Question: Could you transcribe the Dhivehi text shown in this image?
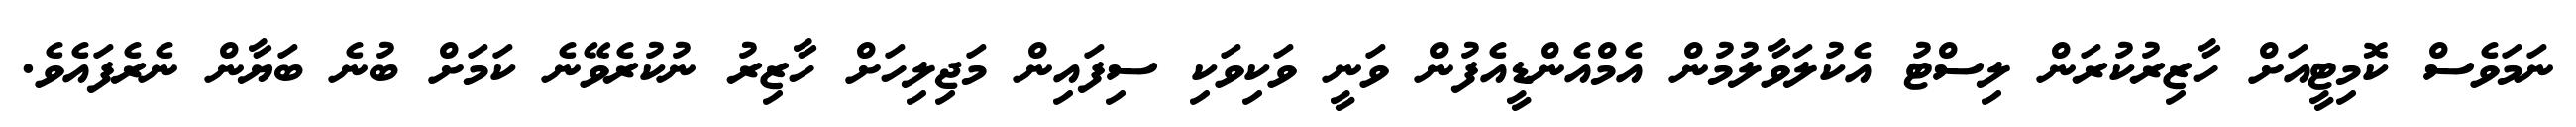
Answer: ނަމަވެސް ކޮމިޓީއަށް ހާޒިރުކުރަން ލިސްޓު އެކުލަވާލުމުން އެމްއެންޑީއެފުން ވަނީ ވަކިވަކި ސިފައިން މަޖިލިހަށް ހާޒިރު ނުކުރެވޭނެ ކަމަށް ބުނެ ބަޔާން ނެރެފައެވެ.